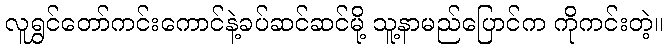
လူရွှင်တော်ကင်းကောင်နဲ့ခပ်ဆင်ဆင်မို့ သူ့နာမည်ပြောင်က ကိုကင်းတဲ့။